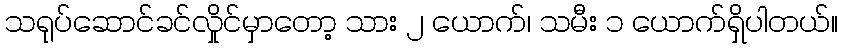
သရုပ်ဆောင်ခင်လှိုင်မှာတော့ သား ၂ ယောက်၊ သမီး ၁ ယောက်ရှိပါတယ်။